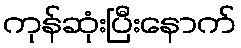
ကုန်ဆုံးပြီးနောက်